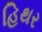
હિથર